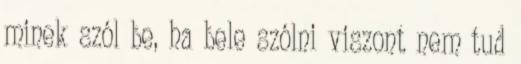
minek szól be, ha bele szólni viszont nem tud